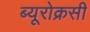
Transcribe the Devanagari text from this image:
ब्यूरोक्रसी